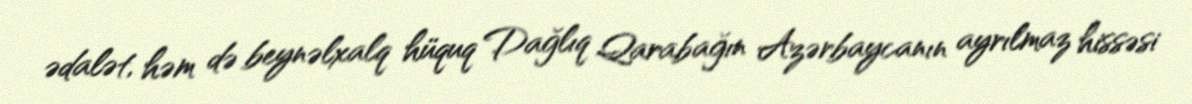
ədalət, həm də beynəlxalq hüquq Dağlıq Qarabağın Azərbaycanın ayrılmaz hissəsi